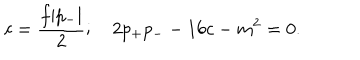
LaTeX: c = { \frac { f | p _ { - } | } { 2 } } ; \quad 2 p _ { + } p _ { - } - 1 6 c - m ^ { 2 } = 0 .